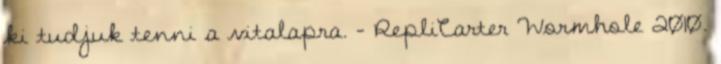
ki tudjuk tenni a vitalapra. - RepliCarter Wormhole 2010.